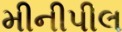
મીનીપીલ